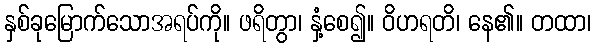
နှစ်ခုမြောက်သောအရပ်ကို။ ဖရိတွာ၊ နှံ့စေ၍။ ဝိဟရတိ၊ နေ၏။ တထာ၊